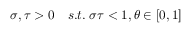
\sigma , \tau > 0 \quad s . t . \; \sigma \tau < 1 , \theta \in [ 0 , 1 ]